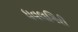
ધવલગિરી